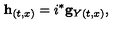
{ } { \bf h } _ { ( t , x ) } = i ^ { * } { \bf g } _ { Y ( t , x ) } ,